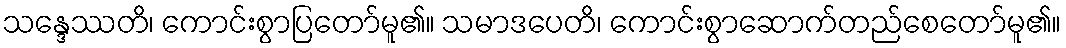
သန္ဒေဿတိ၊ ကောင်းစွာပြတော်မူ၏။ သမာဒပေတိ၊ ကောင်းစွာဆောက်တည်စေတော်မူ၏။